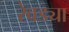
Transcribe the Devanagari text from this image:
रेवड्या